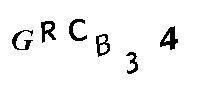
GRCB34